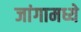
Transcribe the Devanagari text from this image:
जांगामध्ये